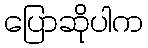
ပြောဆိုပါက